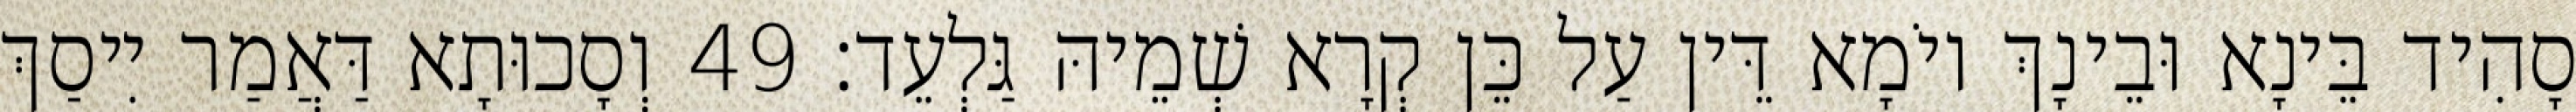
סָהִיד בֵּינָא וּבֵינָךְ יוֹמָא דֵּין עַל כֵּן קְרָא שְׁמֵיהּ גַּלְעֵד׃ 49 וְסָכוּתָא דַּאֲמַר יִיסַךְ